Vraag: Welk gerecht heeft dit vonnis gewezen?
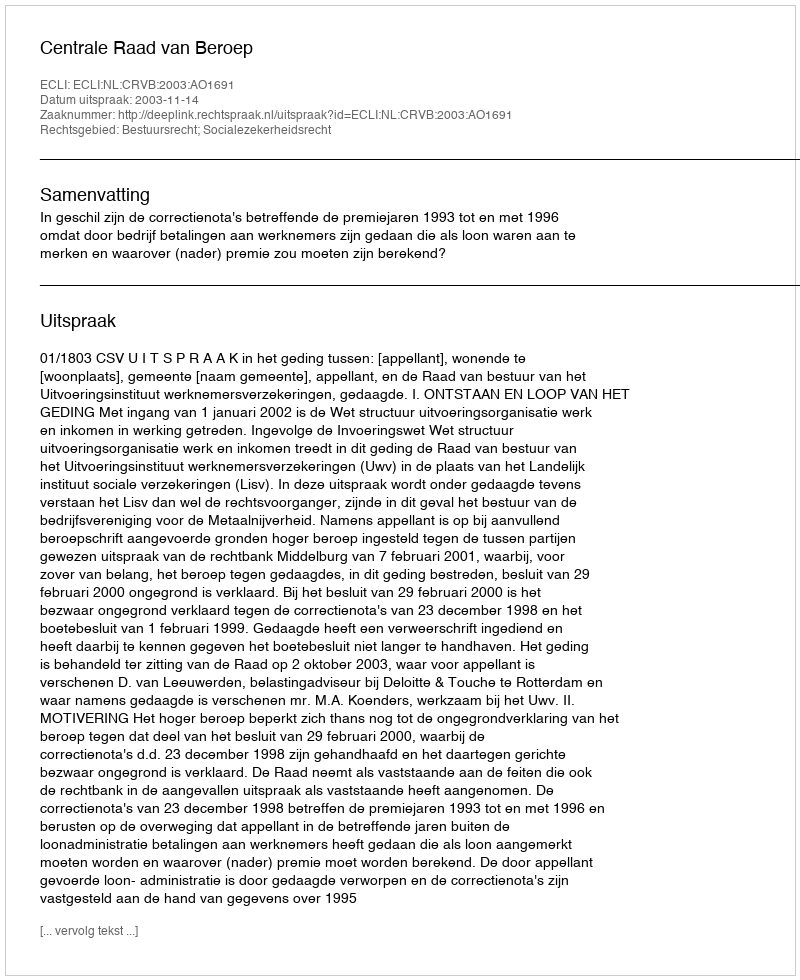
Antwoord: Centrale Raad van Beroep